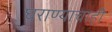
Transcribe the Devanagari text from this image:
घराण्याचाही